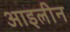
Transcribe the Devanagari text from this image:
आइलीन